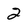
Character: 2